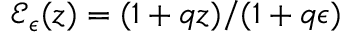
\mathcal { E } _ { \epsilon } ( z ) = ( 1 + q z ) / ( 1 + q \epsilon )